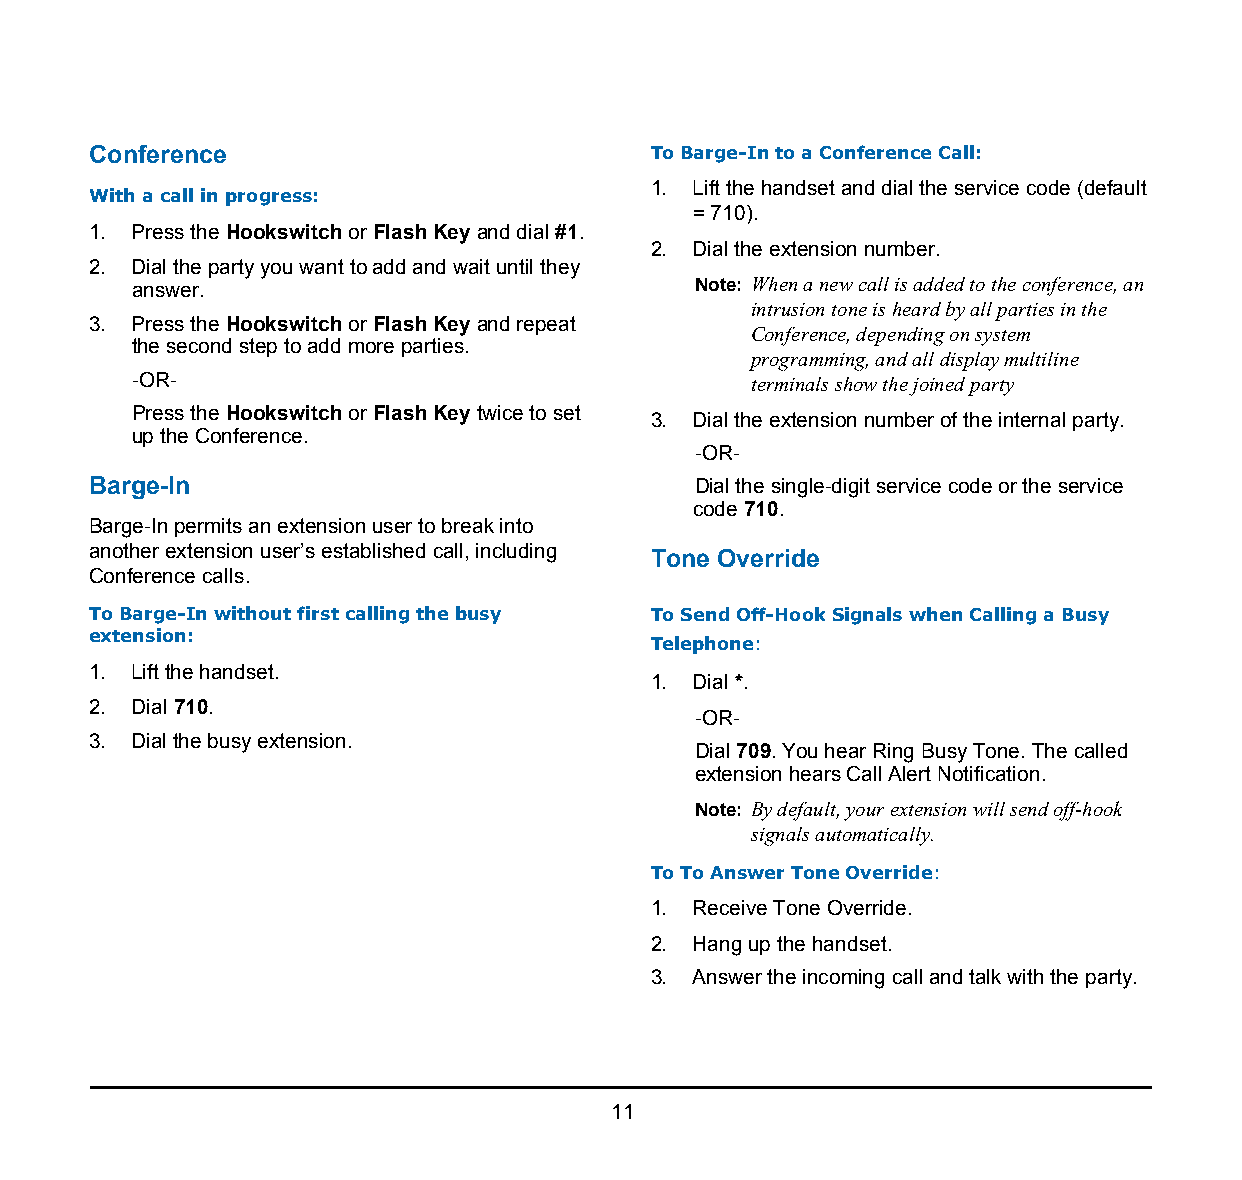
1.
 Conference                            To Barge-In to a Conference Call:
 1. Lift the handset and dial the service code (default
 With a call in progress:
 = 710).
 1. Press the Hookswitch or Flash Key and dial #1.
 2. Dial the extension number.
 2. Dial the party you want to add and wait until they
 answer.                              Note: When a new call is added to the conference, an
 intrusion tone is heard by all parties in the
 3. Press the Hookswitch or Flash Key and repeat
 Conference, depending on system
 the second step to add more parties.
 programming, and all display multiline
 -OR-                                     terminals show the joined party
 Press the Hookswitch or Flash Key twice to set
 3. Dial the extension number of the internal party.
 up the Conference.
 -OR-
 Barge-In                                Dial the single-digit service code or the service
 code 710.
 Barge-In permits an extension user to break into
 another extension user’s established call, including Tone Override
 Conference calls.
 To Barge-In without first calling the busy To Send Off-Hook Signals when Calling a Busy
 extension:
 Telephone:
 1. Lift the handset.
 1. Dial *.
 2. Dial 710.
 -OR-
 3. Dial the busy extension.
 Dial 709. You hear Ring Busy Tone. The called
 extension hears Call Alert Notification.
 Note: By default, your extension will send off-hook
 signals automatically.
 To To Answer Tone Override:
 1. Receive Tone Override.
 2. Hang up the handset.
 3. Answer the incoming call and talk with the party.
 11